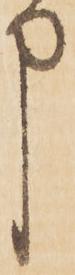
申